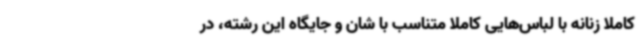
کاملا زنانه با لباس‌هایی کاملا متناسب با شان و جایگاه این رشته، در